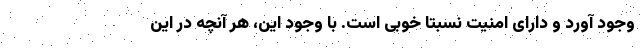
وجود آورد و دارای امنیت نسبتا خوبی است. با وجود این، هر آنچه در این